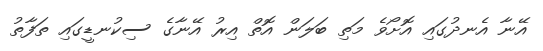
އޭނާ އެނދުގައި އޮށޯވެ މަތި ބަލަން އޮތް އިރު އޭނާގެ ސިކުނޑީގައި ތަފާތު